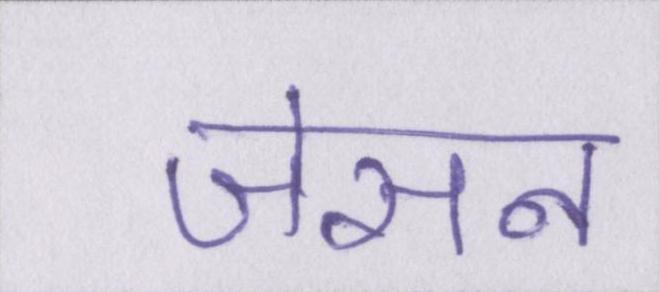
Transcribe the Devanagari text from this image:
जेसन